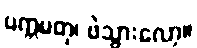
ပက္ကမတု၊ ဖဲသွားလော့။